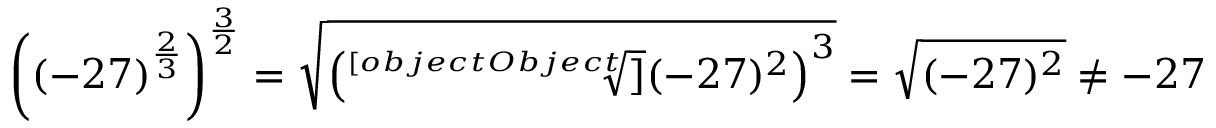
\left( ( - 2 7 ) ^ { \frac { 2 } { 3 } } \right) ^ { \frac { 3 } { 2 } } = { \sqrt { \left( { \sqrt [ [object Object] ] { ( - 2 7 ) ^ { 2 } } } \right) ^ { 3 } } } = { \sqrt { ( - 2 7 ) ^ { 2 } } } \neq - 2 7